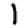
Digit: 1